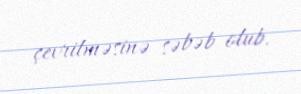
çevrilməsinə səbəb olub.